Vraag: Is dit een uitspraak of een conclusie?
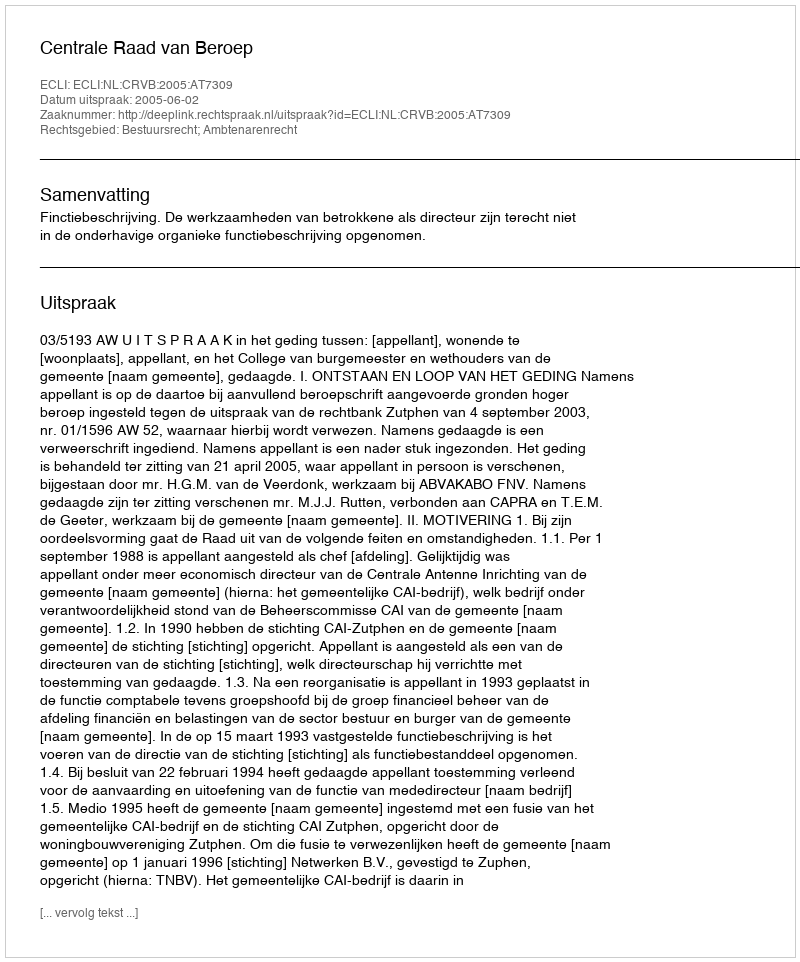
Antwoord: Uitspraak